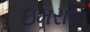
ઇમરાન